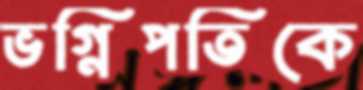
ভগ্নিপতিকে